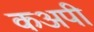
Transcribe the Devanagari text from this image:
कअपी